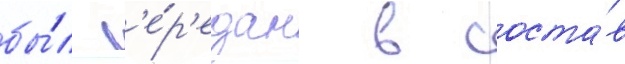
бы́л п'е́р'едан в соста́в